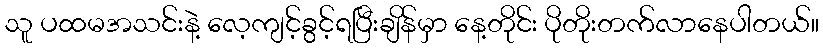
သူ ပထမအသင်းနဲ့ လေ့ကျင့်ခွင့်ရပြီးချိန်မှာ နေ့တိုင်း ပိုတိုးတက်လာနေပါတယ်။